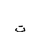
Letter: _ta